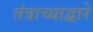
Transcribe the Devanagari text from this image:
तंत्राच्याद्वारे